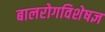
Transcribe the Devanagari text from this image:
बालरोगविशेषज्ञ